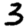
Digit: 3